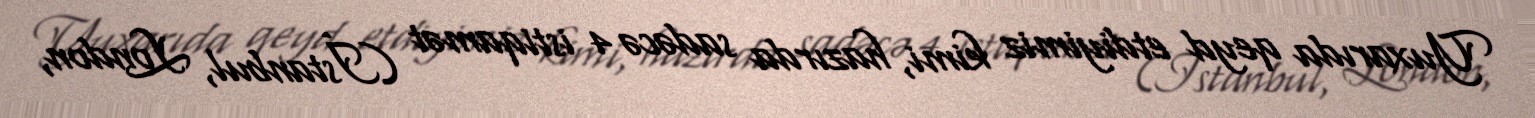
Yuxarıda qeyd etdiyimiz kimi, hazırda sadəcə 4 istiqamət (İstanbul, London,